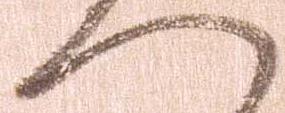
へ